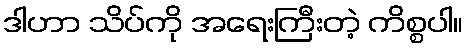
ဒါဟာ သိပ်ကို အရေးကြီးတဲ့ ကိစ္စပါ။